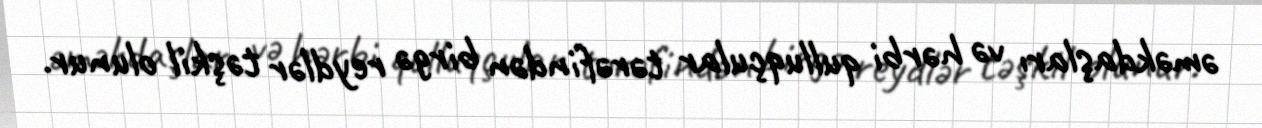
əməkdaşları və hərbi qulluqçular tərəfindən birgə reydlər təşkil olunur.